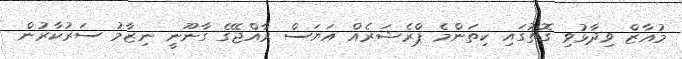
މުއާޒް ވިދާޅުވި ގޮތުގައި ކިތަންމެ ޕްރެޝަރެއް އަޔަސް ރާއްޖޭގެ ގާނޫނީ ނިޒާމު ސަރުކާރުން